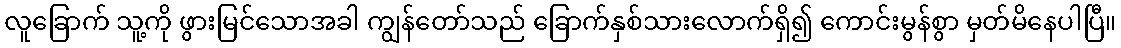
လူခြောက် သူ့ကို ဖွားမြင်သောအခါ ကျွန်တော်သည် ခြောက်နှစ်သားလောက်ရှိ၍ ကောင်းမွန်စွာ မှတ်မိနေပါပြီ။